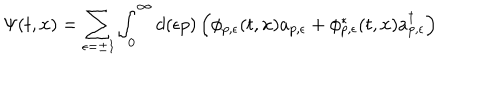
\Psi ( t , x ) = \sum _ { \epsilon = \pm 1 } \int _ { 0 } ^ { \infty } d ( \epsilon p ) \left( \phi _ { p , \epsilon } ( t , x ) a _ { p , \epsilon } + \phi _ { p , \epsilon } ^ { \ast } ( t , x ) a _ { p , \epsilon } ^ { \dagger } \right)